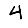
Digit: 4